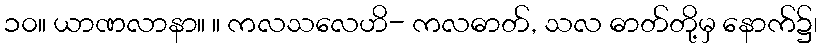
၁၀။ ယာဏလာနာ။ ။ ကလသလေဟိ- ကလဓာတ်, သလ ဓာတ်တို့မှ နောက်၌၊